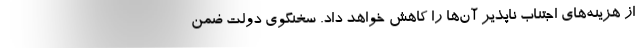
از هزینه‌های اجتناب ناپذیر آن‌ها را کاهش خواهد داد. سخنگوی دولت ضمن